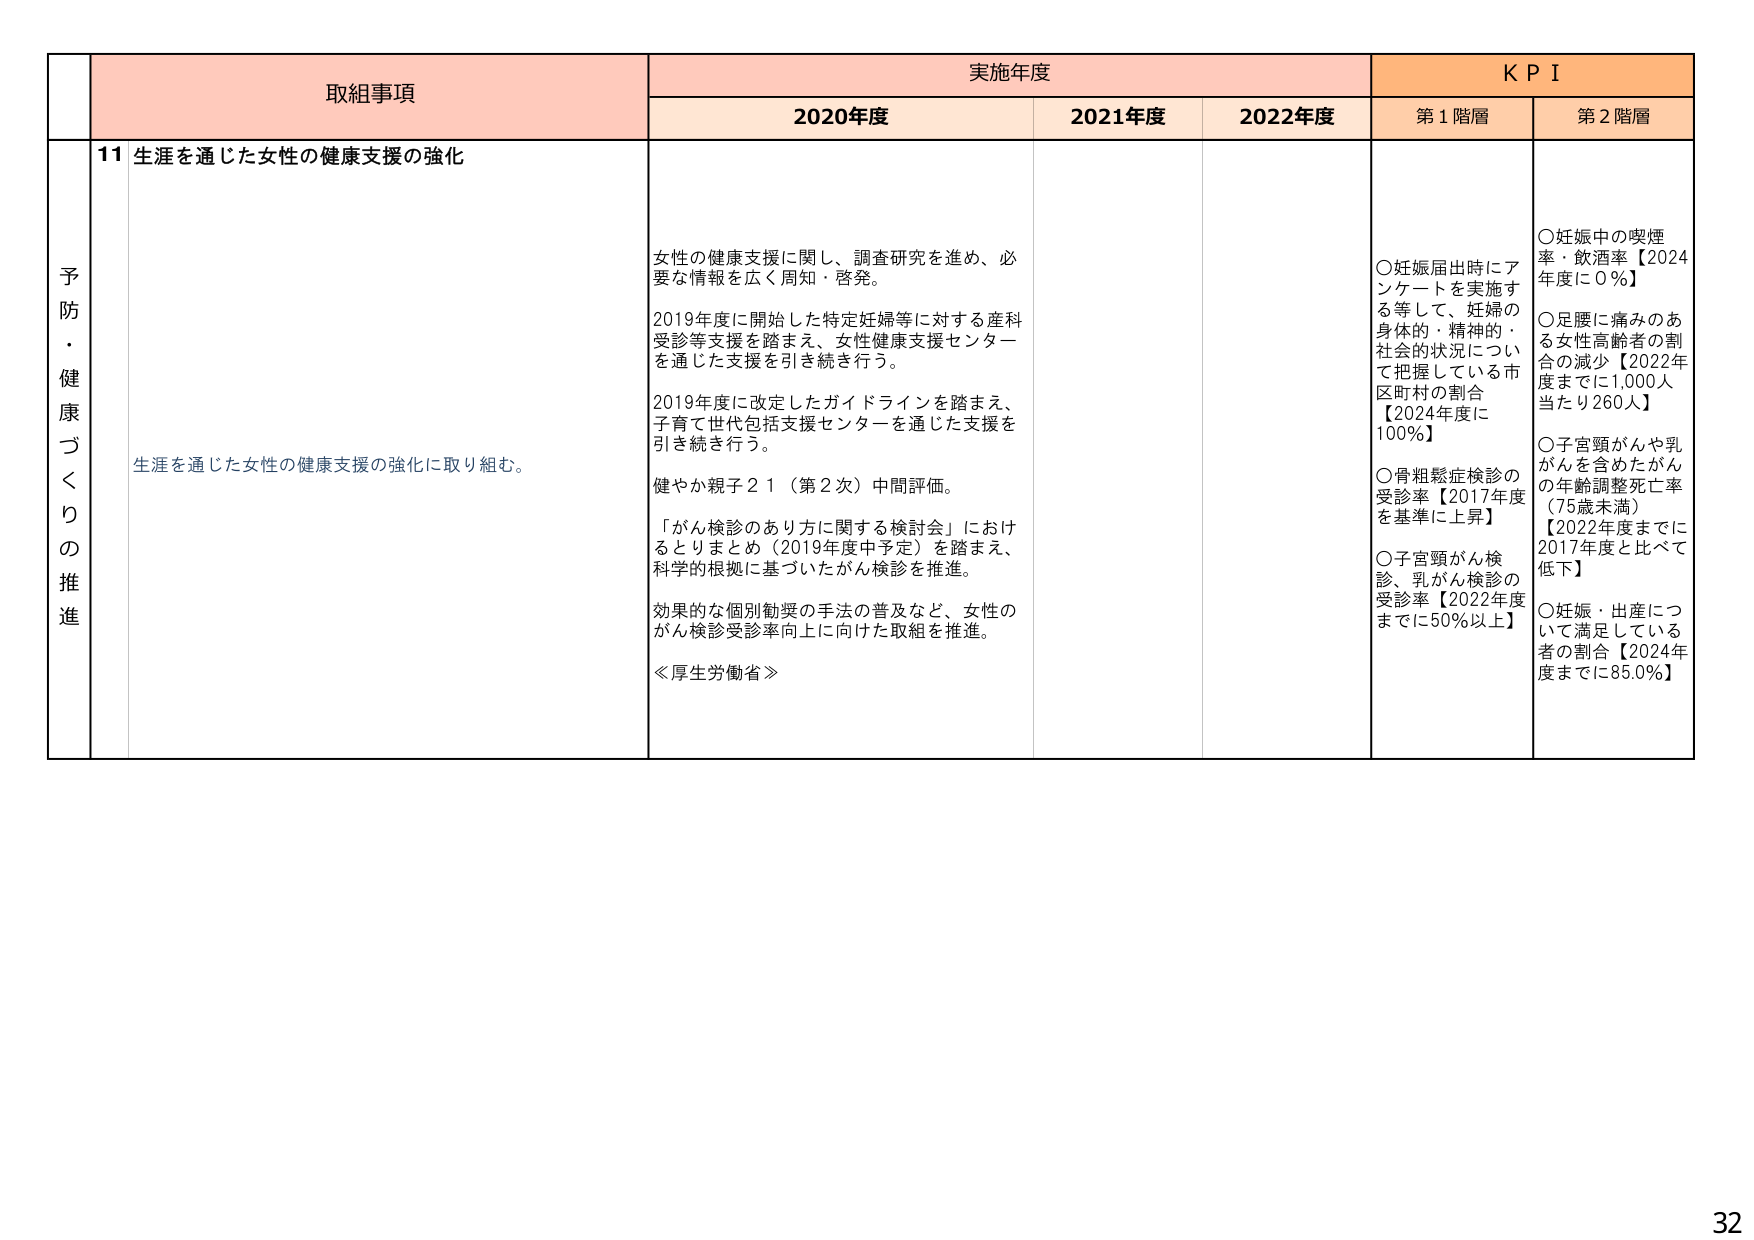
予防・健康づくりの推進

取組事項
11 生涯を通じた女性の健康支援の強化
生涯を通じた女性の健康支援の強化に取り組む。

実施年度
2020年度
女性の健康支援に関し、調査研究を進め、必要な情報を広く周知・啓発。
2019年度に開始した特定妊婦等に対する産科受診等支援を踏まえ、女性健康支援センターを通じた支援を引き続き行う。
2019年度に改定したガイドラインを踏まえ、子育て世代包括支援センターを通じた支援を引き続き行う。
健やか親子２１（第２次）中間評価。
「がん検診のあり方に関する検討会」におけるとりまとめ（2019年度中予定）を踏まえ、科学的根拠に基づいたがん検診を推進。
効果的な個別勧奨の手法の普及など、女性のがん検診受診率向上に向けた取組を推進。
≪厚生労働省≫

2021年度
（空白）

2022年度
（空白）

ＫＰＩ
第１階層
○妊娠届出時にアンケートを実施する等して、妊婦の身体的・精神的・社会的状況について把握している市区町村の割合【2024年度に100％】
○骨粗鬆症検診の受診率【2017年度を基準に上昇】
○子宮頸がん検診、乳がん検診の受診率【2022年度までに50％以上】

第２階層
○妊娠中の喫煙率・飲酒率【2024年度に0％】
○足腰に痛みのある女性高齢者の割合の減少【2022年度までに1,000人当たり260人】
○子宮頸がんや乳がんを含めたがんの年齢調整死亡率（75歳未満）【2022年度までに2017年度と比べて低下】
○妊娠・出産について満足している者の割合【2024年度までに85.0％】

32